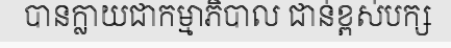
បានក្លាយជាកម្មាភិបាល ជាន់ខ្ពស់បក្ស